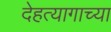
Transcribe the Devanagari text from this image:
देहत्यागाच्या